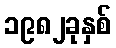
၁၉၈၂ခုနှစ်